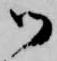
御